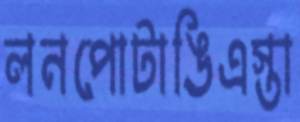
লনপোটাঙিএস্তা